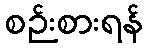
စဉ်းစားရန်